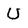
Character: U